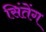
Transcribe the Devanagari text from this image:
सिंतेंग